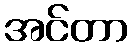
အင်တာ